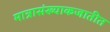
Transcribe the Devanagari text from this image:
मात्रासंख्याकजातीत